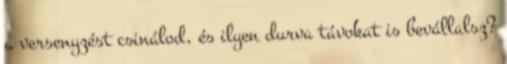
a versenyzést csinálod, és ilyen durva távokat is bevállalsz?